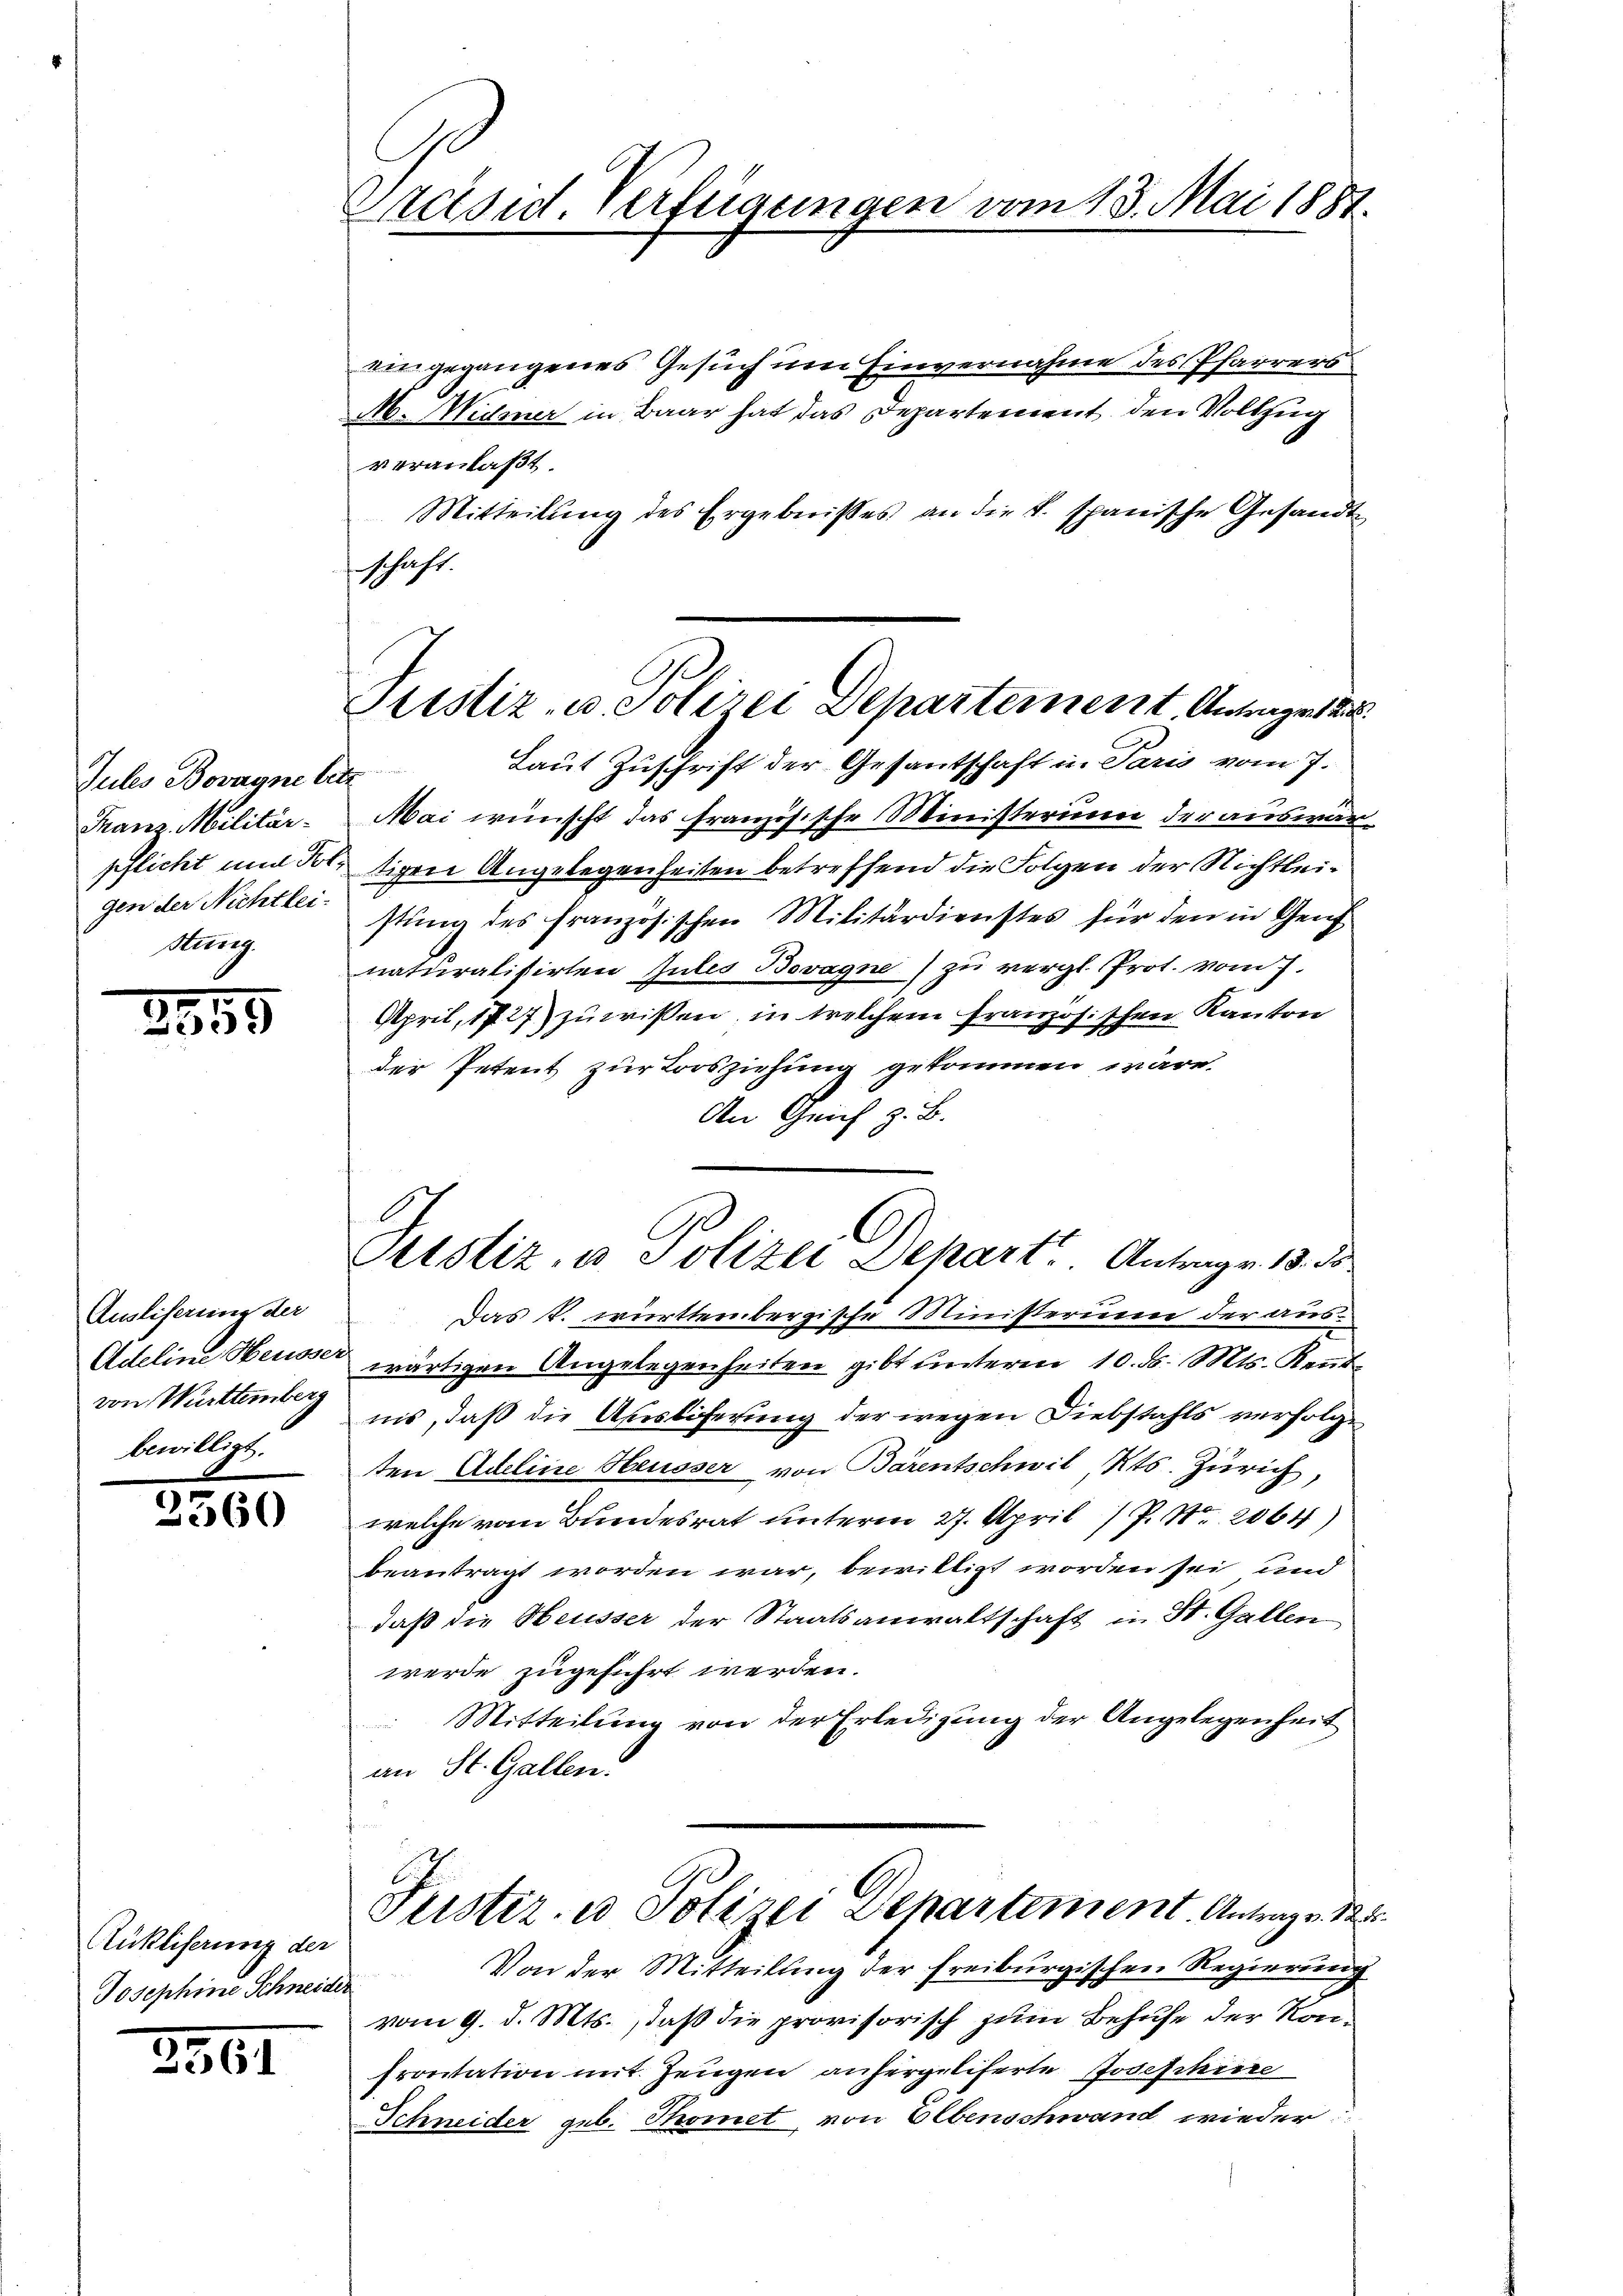
Jules Bovagne letz
Franz Militär-
pflicht und Totgen der Nichtlei-
Kunig

2055

Auslieferung der
Adeline Heusser
von Württemberg
bewilligt.

2360

Aukliferung der
Josephine Schneidir

2261

Preise Verfügungen vom 13. Mai 1887.

Justiz- u. Polizei Departement. Antrages 2
Laut Zuschrift der Gesantschaft in Paris vom 7.

eingegangenes Gesuch um Einvernahme des Pfarrers
N.Midner in Baar hat das Departement den Vollzug
veranlaßt
Mitteilung des Ergebnisses an die k. spanische Gesandt
schaft.
Mai wünscht das französische Ministerium der auswärtigen Angelegenheiten betreffend die Folgen der Nichtleistung des französischen Militärdienstes für den in Gen
naturalisirten Gutes Bovagne) zu vergl. Prot. vom 7.
tischen Kanton
April, 1727) zu wissen, in welchem Franzoder Petent zur Lorsziehung gekommen wäre.
An Geich z. B.
Gtstiz, u. Polizei Depart Antrag v. 13. ds.
Das k. württembergische Ministerum der auswärtigen Angelegenheiten gibt unterm 10. d. Mts. Keṅt
nis, daß die Ausliferung der wegen Diebstahls verfolge
ten Adeline Heusser von Bärentschwil Kts. Zürich
welche vom Bundesrat unterm 27. April 7 P. Nr. 2064)
beantragt worden war, bewilligt worden sei und
daß die Heusser der Staatsanwaltschaft in St. Gallen
werde zugeführt werden.
Mitteilung von der Erledigung der Angelegenheit
an St. Gallen.

Justiz- u Polizei Departement. Antrage 12

Von der Mitteilung der freiburgischen Regierung
vom 9. d. Mts., daß die provisorisch zum Behufe der Kon¬
Provitation mit Zeugen anhergeliferte Josephine
Schneider geb. Thomet von Ebenschwand wieder